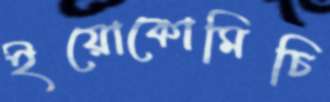
ইয়োকোমিচি